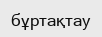
бұртақтау